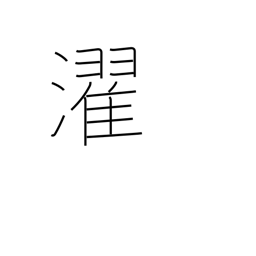
Meaning: laundry